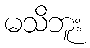
မသိဘူး